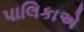
પાલિકાએ